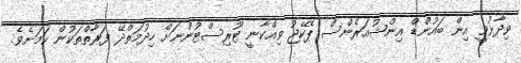
ވިދާޅުވީ އިން ބައުންޑް އިންޝުއަރެންސް ޕެކޭޖު ވިއްކާނީ ޓޫރިސްޓުންނަށް ހިދުމަތްދޭ ފަރާތްތަކުން ކަމަށެވެ.